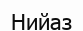
Нийаз